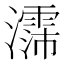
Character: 𪷳